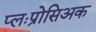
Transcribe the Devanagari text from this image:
प्लःप्रोसिअक